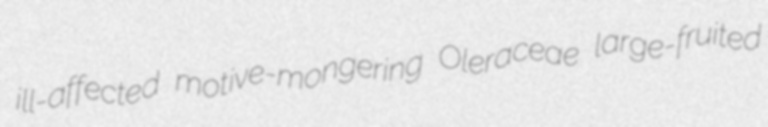
ill-affected motive-mongering Oleraceae large-fruited